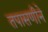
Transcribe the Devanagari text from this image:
तपासणीने